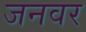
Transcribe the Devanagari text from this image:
जनवर